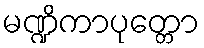
မဏ္ဍိကာပုတ္တော